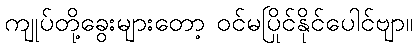
ကျုပ်တို့ခွေးများတော့ ဝင်မပြိုင်နိုင်ပေါင်ဗျာ။